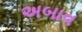
અબાવ